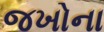
જખોના